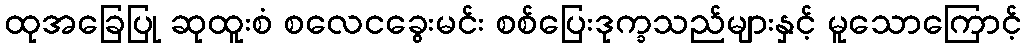
ထုအခြေပြု ဆုထူးစံ စလေငခွေးမင်း စစ်ပြေးဒုက္ခသည်များနှင့် မူသောကြောင့်